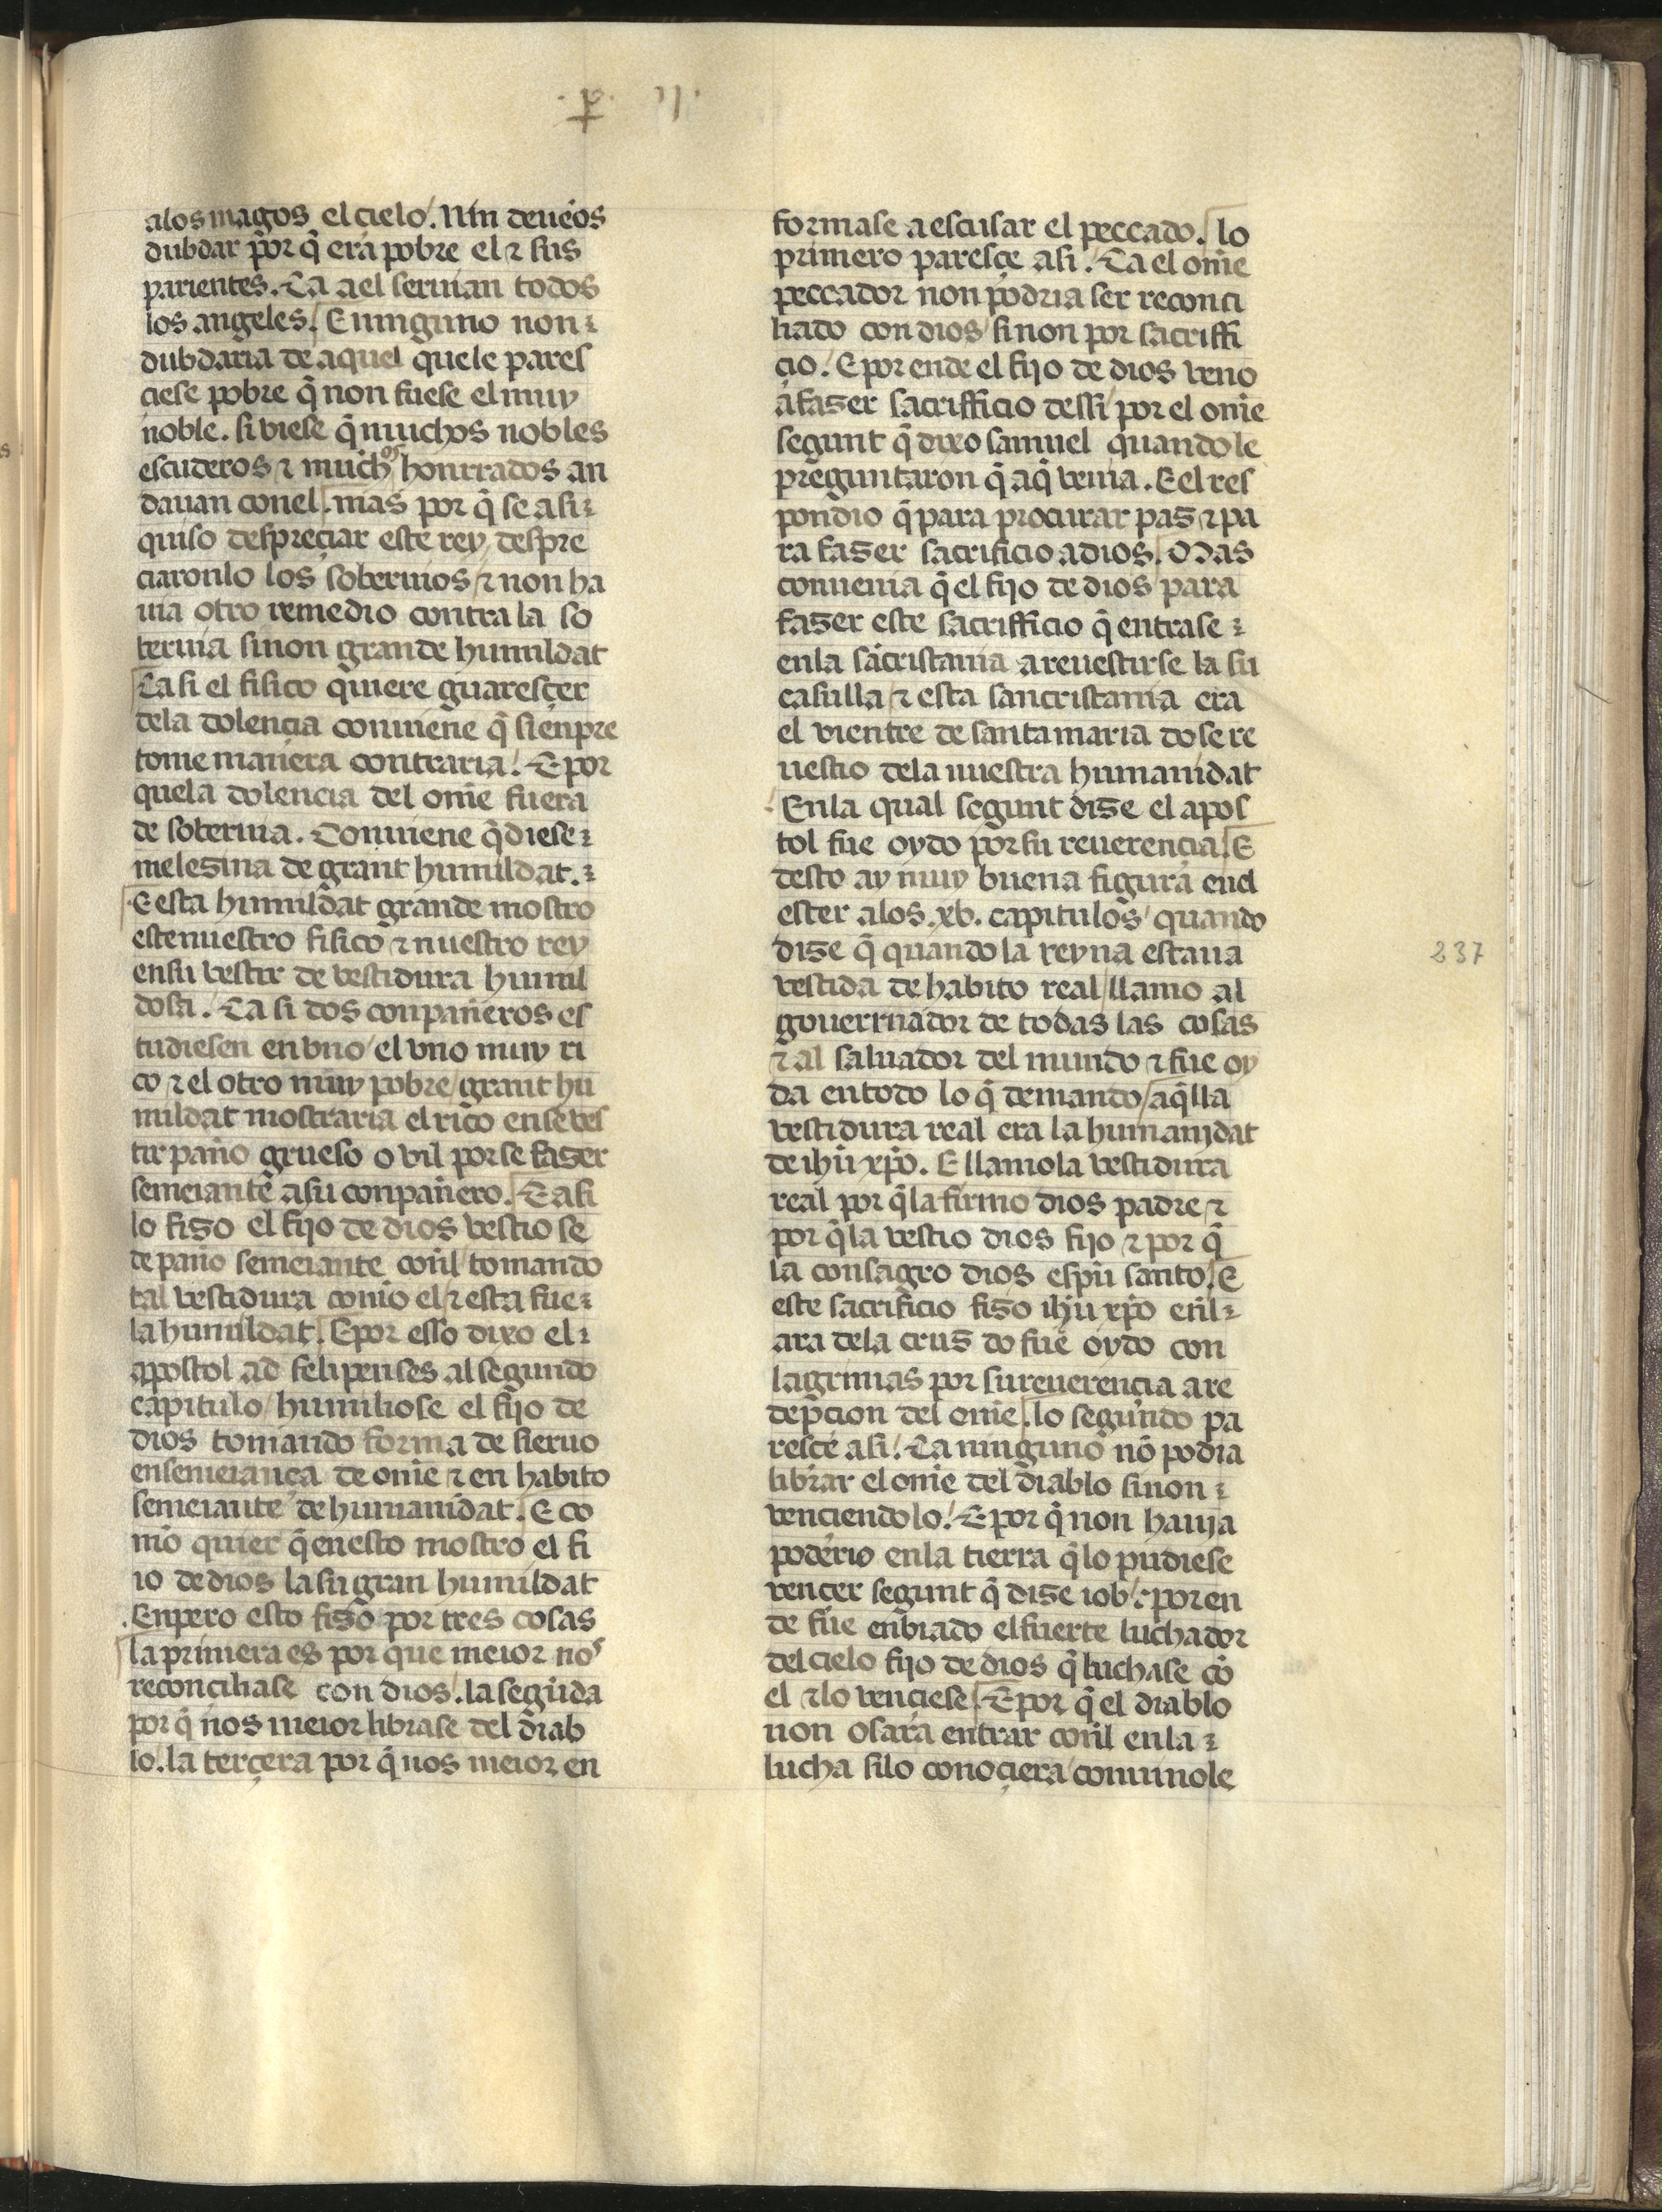
Shelfmark: Madrid, Fundación Lázaro Galdiano, mss 289
Century: 15